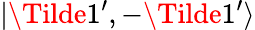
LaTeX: |\Tilde{1^{\prime}},-\Tilde{1^{\prime}}\rangle